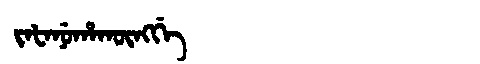
Manchu: ᠵᠠᡶᠠᠨᡠᡥᠠᡴᡡᠩᡤᡝ
Romanization: JAFANUHAKŪNGGE